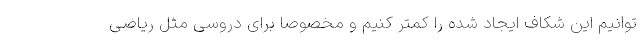
توانیم این شکاف ایجاد شده را کمتر کنیم و مخصوصاً برای دروسی مثل ریاضی